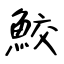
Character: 鮫